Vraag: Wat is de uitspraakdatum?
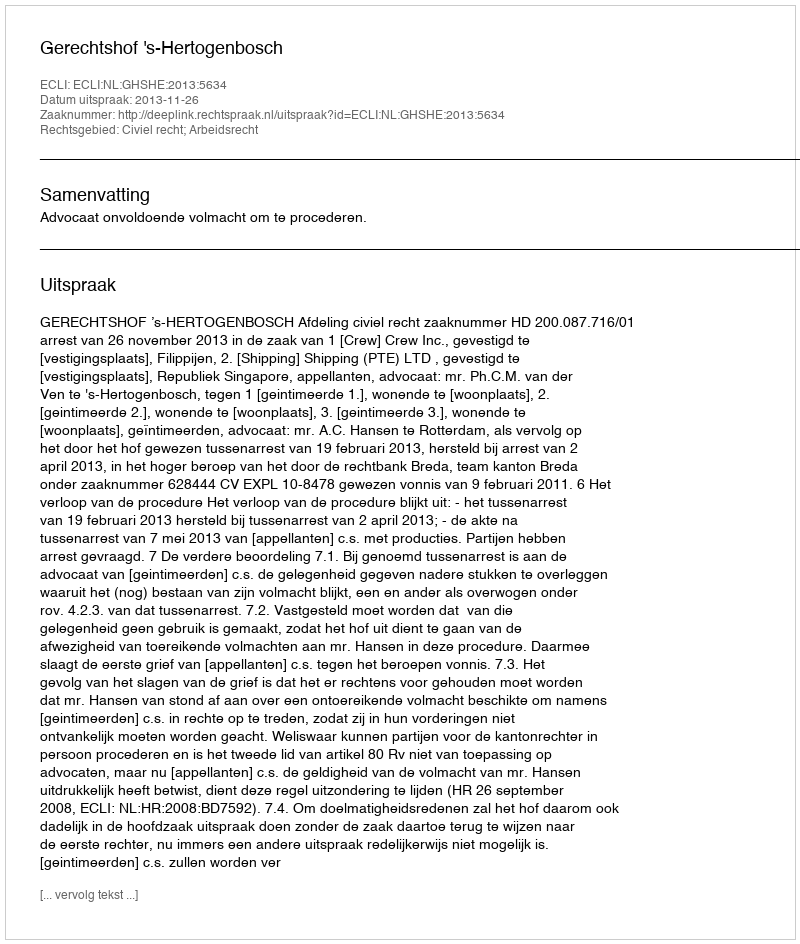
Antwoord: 2013-11-26